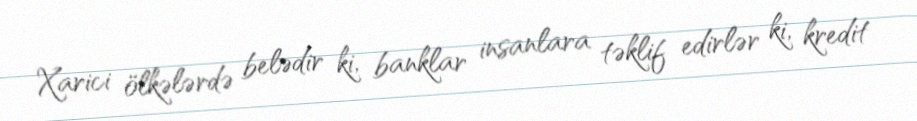
Xarici ölkələrdə belədir ki, banklar insanlara təklif edirlər ki, kredit